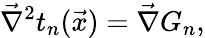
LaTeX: \vec{\nabla}^{2}t_{n}(\vec{x})=\vec{\nabla}G_{n},